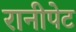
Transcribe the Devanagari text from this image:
रानीपेट